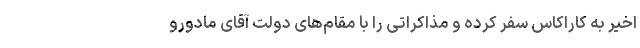
اخیر به کاراکاس سفر کرده و مذاکراتی را با مقام‌های دولت آقای مادورو